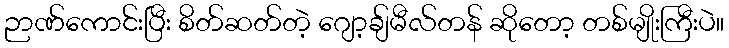
ဉာဏ်ကောင်းပြီး စိတ်ဆတ်တဲ့ ဂျော့ချ်မီလ်တန် ဆိုတော့ တစ်မျိုးကြီးပဲ။